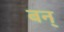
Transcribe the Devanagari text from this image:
बन्